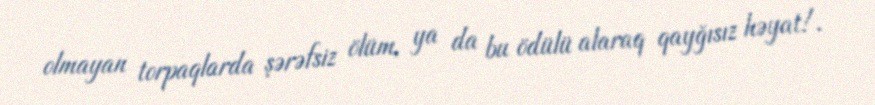
olmayan torpaqlarda şərəfsiz ölüm, ya da bu ödülü alaraq qayğısız həyat!.